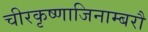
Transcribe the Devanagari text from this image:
चीरकृष्णाजिनाम्बरौ